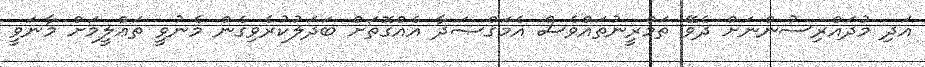
އަދި މުދައްރިސުންނަށް ދެވޭ ތަމްރީނުތައްވެސް އެމަޤްޞަދާ އެއްގޮތަށް ބަދަލުކުރެވިގެން މެނުވީ ތަޢްލީމަށް މާނަވީ